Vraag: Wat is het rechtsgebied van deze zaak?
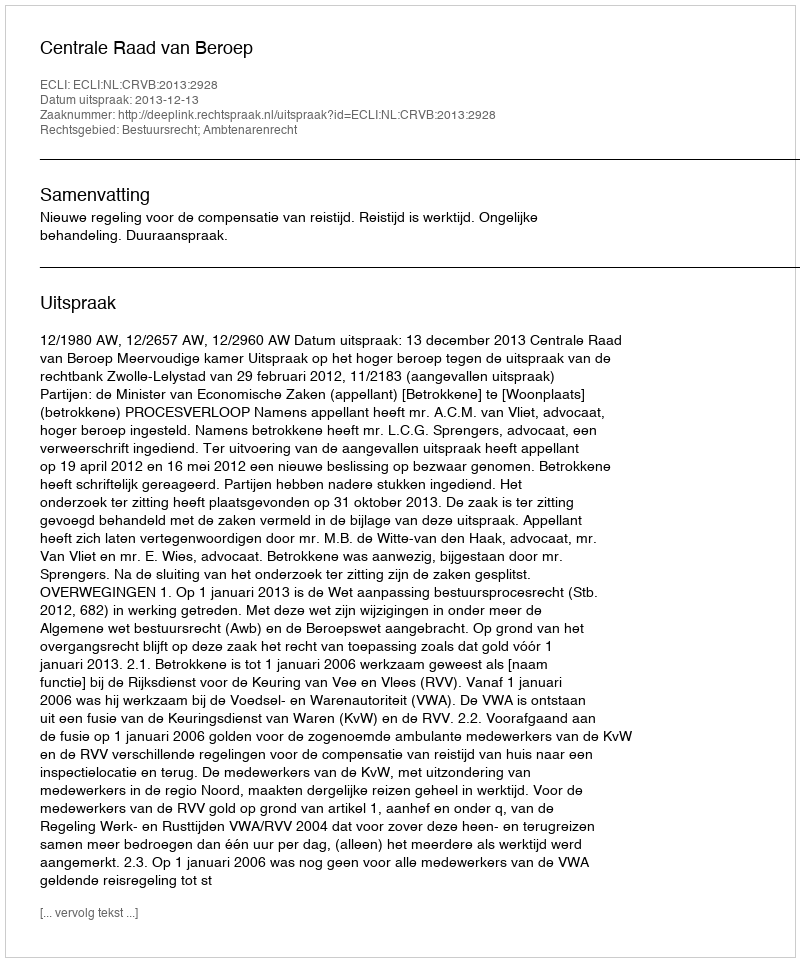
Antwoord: Bestuursrecht; Ambtenarenrecht